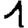
Digit: 1